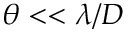
\theta < < \lambda / D